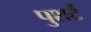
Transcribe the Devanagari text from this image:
पुशर्ट